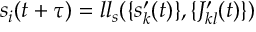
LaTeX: s _ { i } ( t + \tau ) = l l _ { s } ( \{ s _ { k } ^ { \prime } ( t ) \} , \{ J _ { k l } ^ { \prime } ( t ) \} )